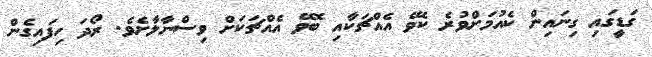
ގަޑީގައި ގިނައިން ކެއުމަށްވުރެ ކެވޭ އެއްޗަަކާއި ބޮވޭ އެއްޗަކަށް ވިސްނާލާށެވެ. ރޯދަ ހިފައިގެން